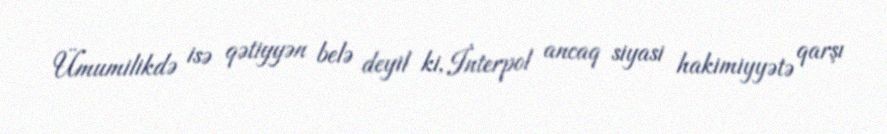
Ümumilikdə isə qətiyyən belə deyil ki, İnterpol ancaq siyasi hakimiyyətə qarşı